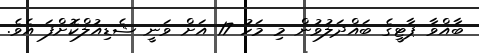
ބާއްވާ ޕާޓީގެ ބައްދަލުވުން މި މަހު 17 އަށް ވަނީ ޝެޑިއުލްކޮށްފަ އެވެ.